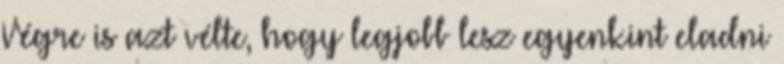
Végre is azt vélte, hogy legjobb lesz egyenkint eladni